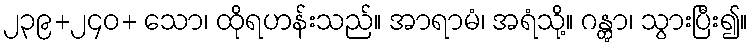
၂၃၉+၂၄၀+ သော၊ ထိုရဟန်းသည်။ အာရာမံ၊ အရံသို့။ ဂန္တွာ၊ သွားပြီး၍။